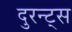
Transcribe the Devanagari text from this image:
दुरन्ट्स